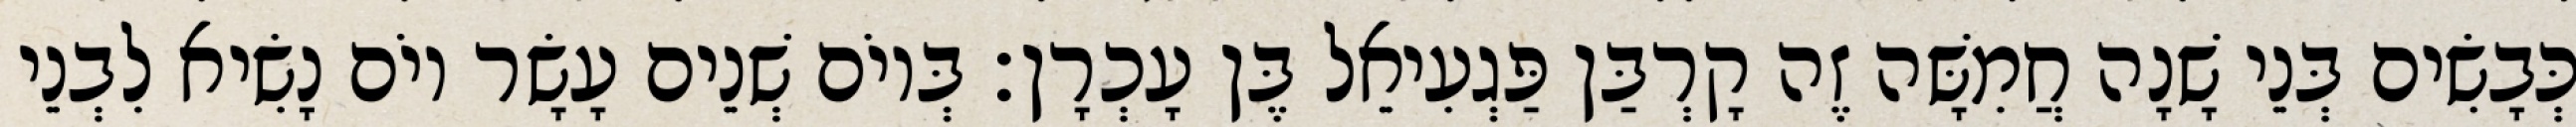
כְּבָשִׂים בְּנֵי שָׁנָה חֲמִשָּׁה זֶה קָרְבַּן פַּגְעִיאֵל בֶּן עָכְרָן׃ בְּיוֹם שְׁנֵים עָשָׂר יוֹם נָשִׂיא לִבְנֵי